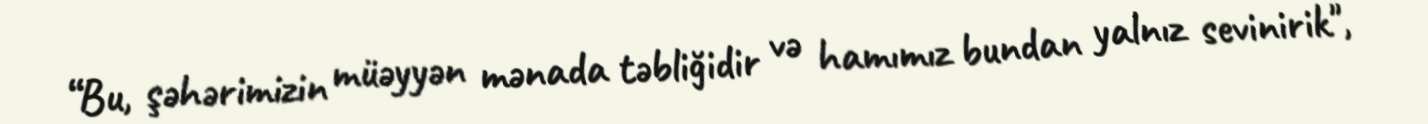
“Bu, şəhərimizin müəyyən mənada təbliğidir və hamımız bundan yalnız sevinirik",